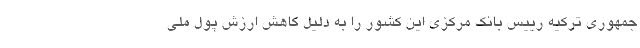
جمهوری ترکیه رییس بانک مرکزی این کشور را به دلیل کاهش ارزش پول ملی